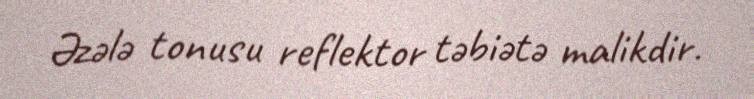
Əzələ tonusu reflektor təbiətə malikdir.